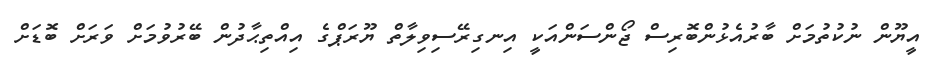
އީޔޫން ނުކުތުމަށް ބާރުއެޅުންބޮރިސް ޖޯންސަންއަކީ އިނގިރޭސިވިލާތް ޔޫރަޕްގެ އިއްތިޙާދުން ބޭރުވުމަށް ވަރަށް ބޮޑަށް